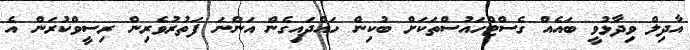
އާދިލް ވިދާޅުވީ ބައެއް ގެސްޓްހައުސްތަކަށް ބުކިން ހައްދައިގެން އަންނަ ފަތުރުވެރިން ރިސީވްކުރަން އެ